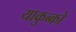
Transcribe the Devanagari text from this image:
याकुब्को